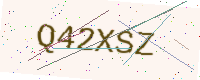
Text: Q42XSZ